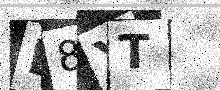
Text: L8YT